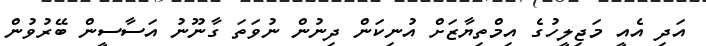
އަދި އެއީ މަޖިލީހުގެ އިމްތިޔާޒަށް އުނިކަން ދިނުން ނުވަތަ ގާނޫނު އަސާސީން ބޭރުވުން